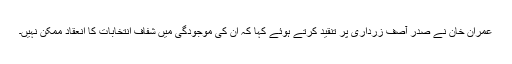
عمران خان نے صدر آصف زرداری پر تنقید کرتے ہوئے کہا کہ ان کی موجودگی میں شفاف انتخابات کا انعقاد ممکن نہیں۔